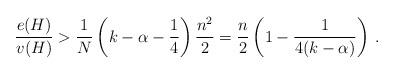
LaTeX: \begin{align*}\frac{e(H)}{v(H)} > \frac{1}{N}\left(k-\alpha -\frac{1}{4}\right)\frac{n^2}{2} = \frac{n}{2}\left(1-\frac{1}{4(k-\alpha)}\right) \,.\end{align*}